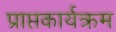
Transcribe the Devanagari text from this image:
प्राप्तकार्यक्रम